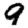
Digit: 9